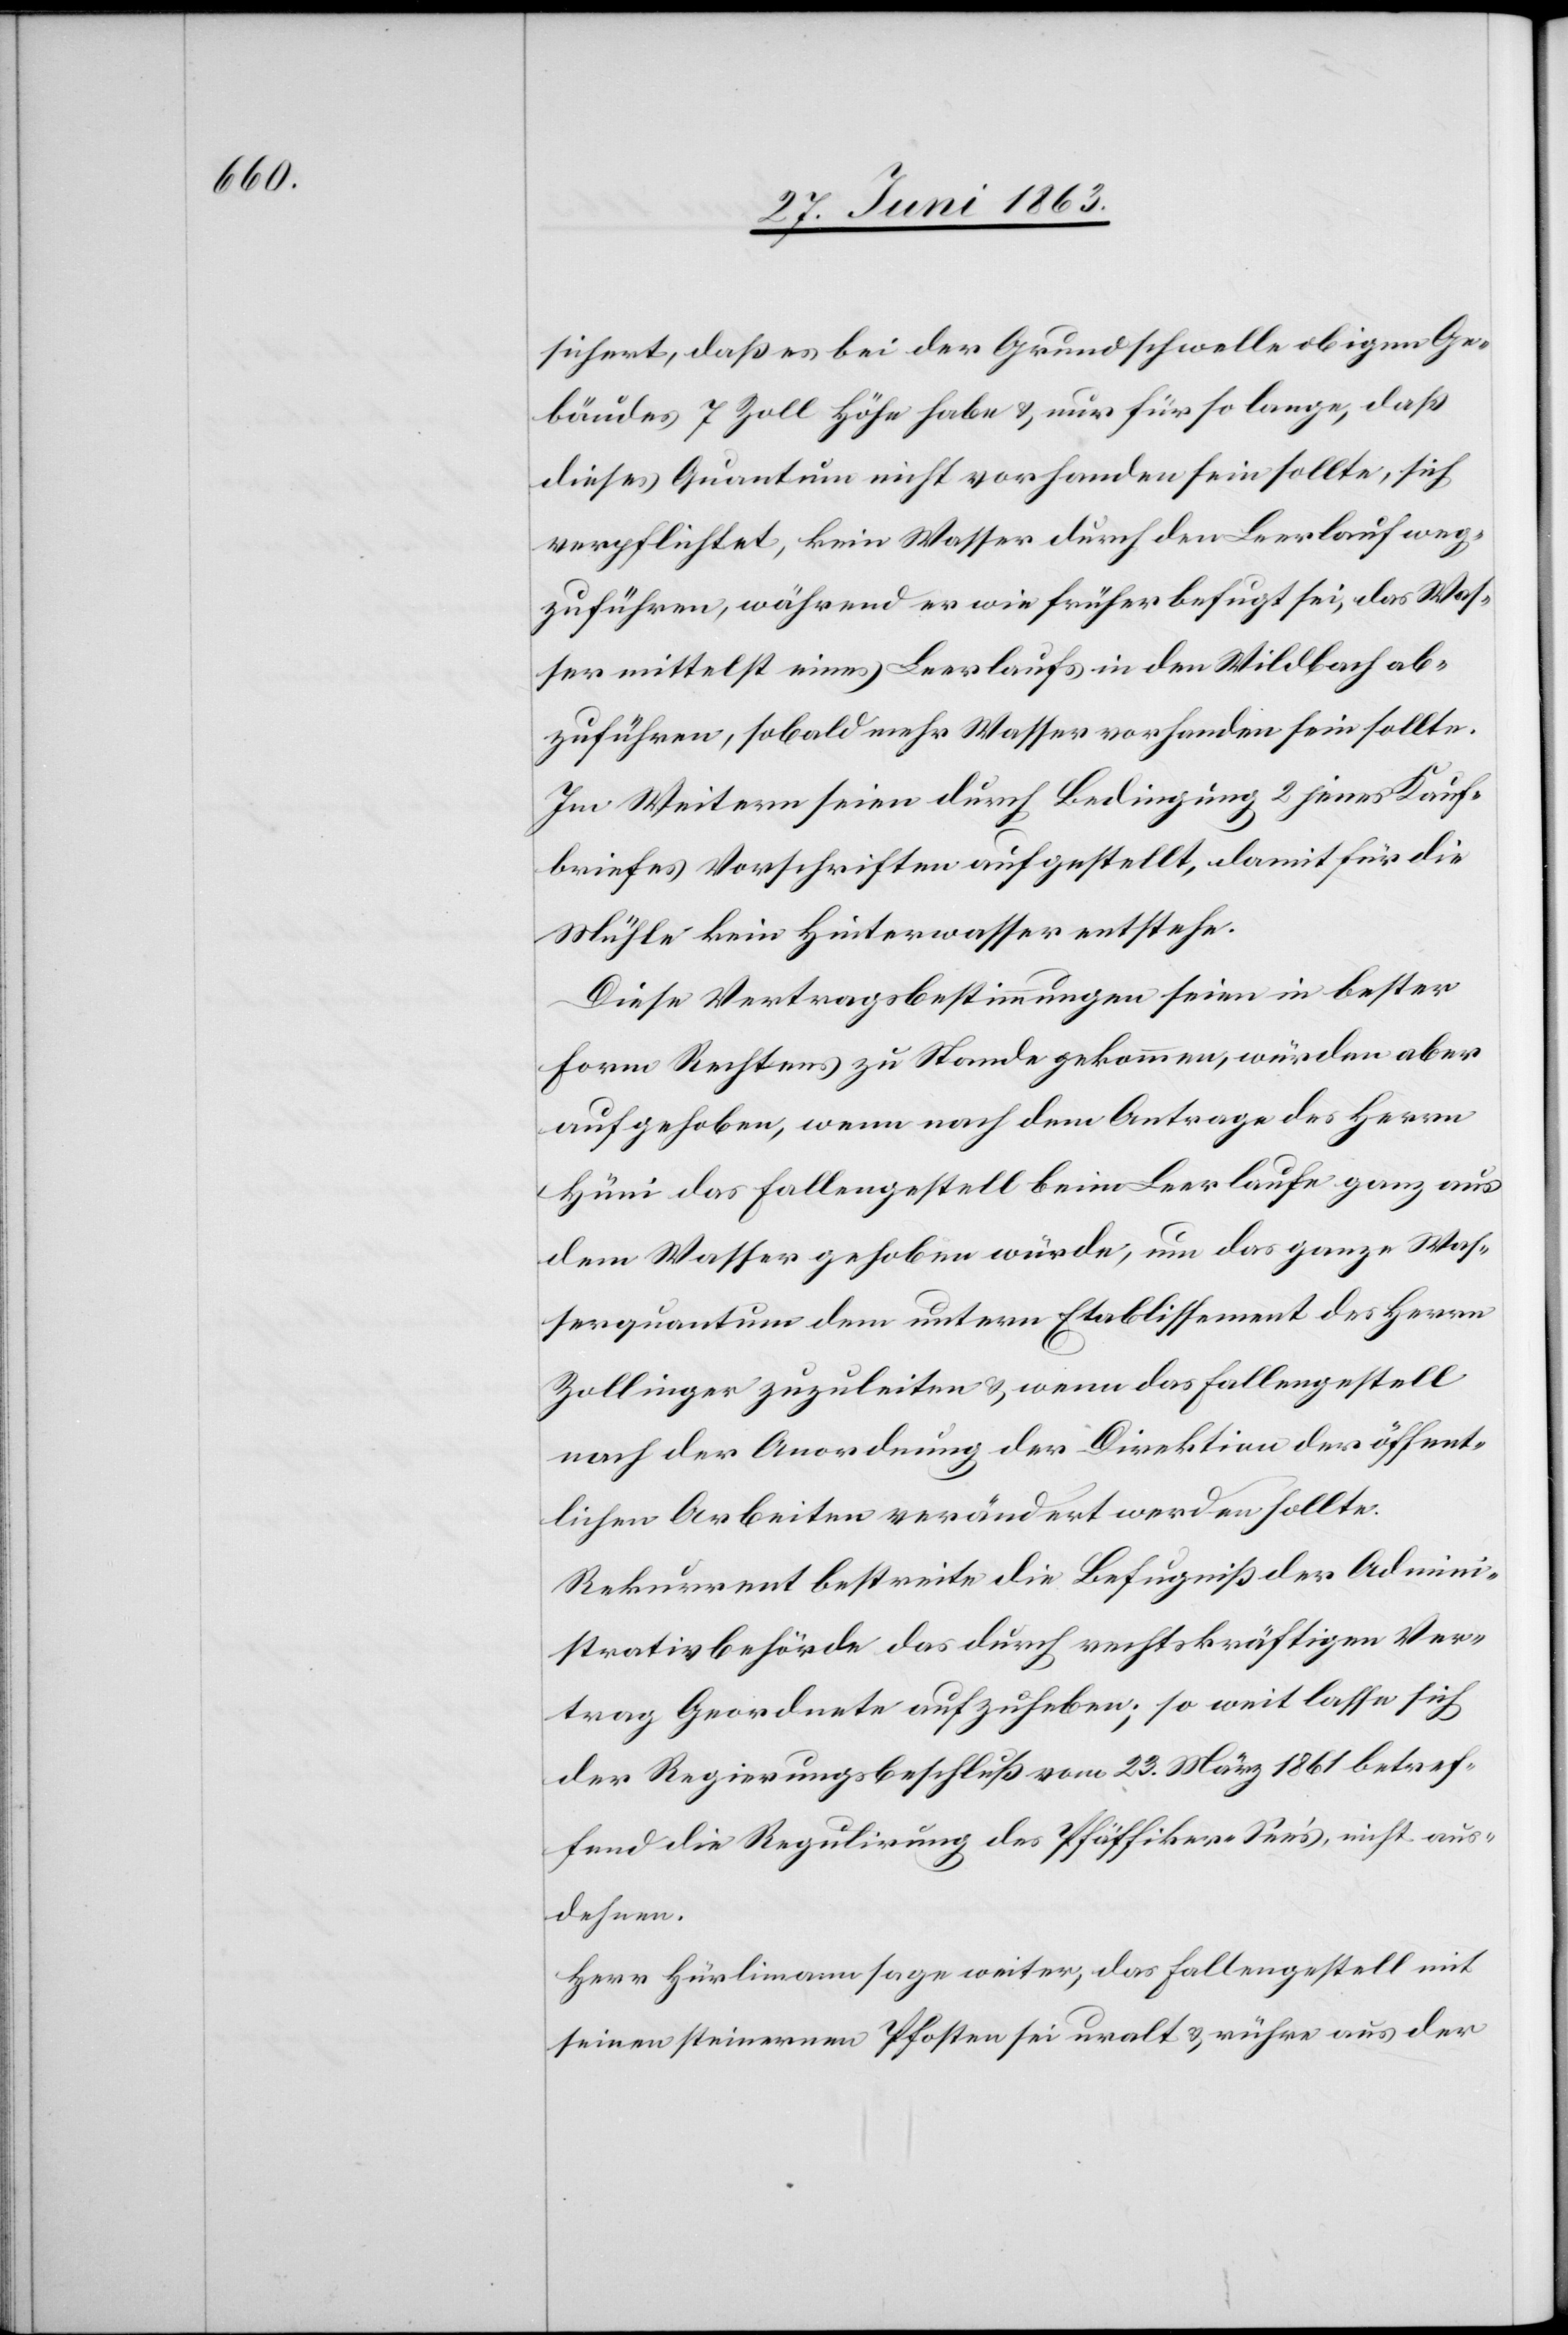
sichert, daß es bei der Grundschwelle obigen Ge¬
bäudes 7 Zoll Höhe habe & nur für so lange, daß
dieses Quantum nicht vorhanden sein sollte, sich
verpflichtet, kein Wasser durch den Leerlauf weg¬
zuführen, während er wie früher befugt sei, das Was¬
ser mittelst eines Leerlaufs in den Wildbach ab¬
zuführen, sobald mehr Wasser vorhanden sein sollte.
Im Weitern seien durch Bedingung 2 jenes Kauf¬
briefes Vorschriften aufgestellt, damit für die
Mühle kein Hinterwasser entstehe.
Diese Vertragsbestimmungen seien in bester
Form Rechtens zu Stande gekommen, würden aber
aufgehoben, wenn nach dem Antrage des Herrn
Hüni das Fallengestell beim Leerlaufe ganz aus
dem Wasser gehoben würde, um das ganze Was¬
serquantum dem untern Etablissement des Herrn
Zollinger zuzuleiten & wenn das Fallengestell
nach der Anordnung der Direktion der öffent¬
lichen Arbeiten verändert werden sollte.
Rekurrent bestreite die Befugniß der Admini¬
strativbehörde das durch rechtskräftigen Ver¬
trag Geordnete aufzuheben; so weit lasse sich
der Regierungsbeschluß vom 23. März 1861 betref¬
fend die Regulirung des Pfäffiker-See's, nicht aus¬
dehnen.
Herr Hürlimann sage weiter, das Fallengestell mit
seinen steinernen Pfosten sei uralt & rühre aus der